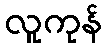
လူကုန်